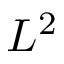
L ^ { 2 }